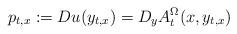
LaTeX: \begin{align*}p_{t,x}:=Du(y_{t,x})=D_yA^{\Omega}_t(x,y_{t,x})\end{align*}